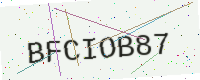
Text: BFCIOB87